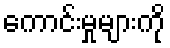
ကောင်းမှုများကို